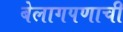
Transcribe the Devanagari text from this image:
बेलागपणाची